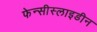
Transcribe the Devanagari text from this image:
फेन्सीस्लाइडीन